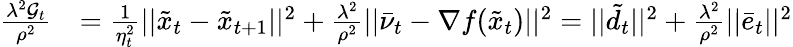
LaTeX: \begin{array}{rl}{\frac{\lambda^{2}\mathcal{G}_{t}}{\rho^{2}}}&{=\frac{1}{\eta_{t}^{2}}||\tilde{x}_{t}-\tilde{x}_{t+1}||^{2}+\frac{\lambda^{2}}{\rho^{2}}||\bar{\nu}_{t}-\nabla f(\tilde{x}_{t})||^{2}=||\tilde{d}_{t}||^{2}+\frac{\lambda^{2}}{\rho^{2}}||\bar{e}_{t}||^{2}}\end{array}